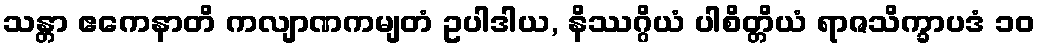
သန္တာ ဧကေနာတိ ကလျာဏကမျတံ ဥပါဒါယ, နိဿဂ္ဂိယံ ပါစိတ္တိယံ ရာဇသိက္ခာပဒံ ၁၀